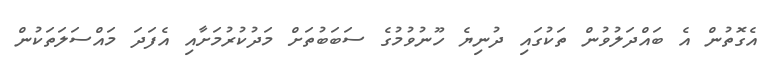
އެގޮތުން އެ ބައްދަލުވުން ތަކުގައި ދުނިޔެ ހޫނުވުމުގެ ސަބަބުތަށް މަދުކުރުމަށާއި އެފަދަ މައްސަލަތަކުން